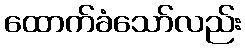
ထောက်ခံသော်လည်း